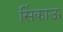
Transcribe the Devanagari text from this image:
सिंकाऊ